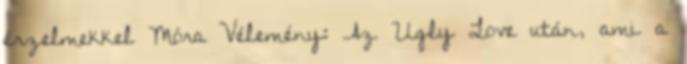
érzelmekkel Móra Vélemény: Az Ugly Love után, ami a